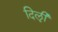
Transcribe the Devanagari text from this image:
दिऌी